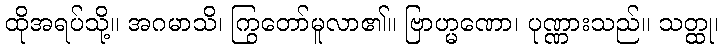
ထိုအရပ်သို့။ အဂမာသိ၊ ကြွတော်မူလာ၏။ ဗြာဟ္မဏော၊ ပုဏ္ဏားသည်။ သတ္ထု၊